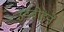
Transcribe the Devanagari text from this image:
उर्डबोहने